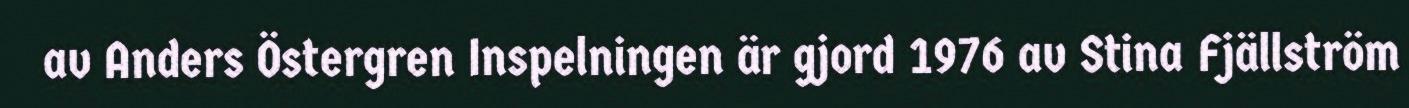
av Anders Östergren Inspelningen är gjord 1976 av Stina Fjällström